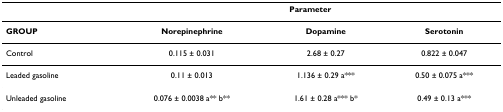
|  | <COLSPAN=3> Parameter |
 | --- | --- | --- | --- |
 | GROUP | Norepinephrine | Dopamine | Serotonin |
 | Control | 0.115 ± 0.031 | 2.68 ± 0.27 | 0.822 ± 0.047 |
 | Leaded gasoline | 0.11 ± 0.013 | 1.136 ± 0.29 a*** | 0.50 ± 0.075 a*** |
 | Unleaded gasoline | 0.076 ± 0.0038 a** b** | 1.61 ± 0.28 a*** b* | 0.49 ± 0.13 a*** |